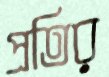
প্রতির